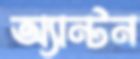
অ্যান্টন